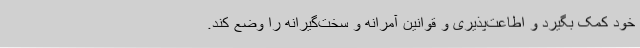
خود کمک بگیرد و اطاعت‌پذیری و قوانین آمرانه و سخت‌گیرانه را وضع کند.